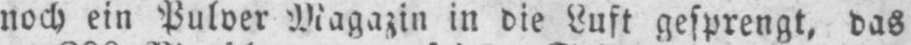
noch ein Pulver Magazin in die Luft gesprengt, das